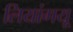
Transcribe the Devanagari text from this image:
लियांगयू